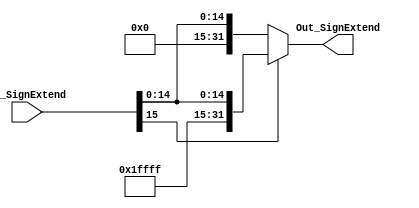
module SignExtend(Out_SignExtend, In_SignExtend);
	input [15:0] In_SignExtend;
	output [31:0] Out_SignExtend;
	
	assign Out_SignExtend = In_SignExtend[15] ? {16'b11111111111111111, In_SignExtend}: {16'b00000000000000000, In_SignExtend};
	
endmodule